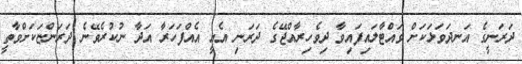
ދަރަނީގެ އަނދަވަޅަކަށް ވައްޓާލައިފައިވާ ދިވެހިރާއްޖޭގެ ދަރަނި އެއީ އެއްފަހަރާ އަދާ ނުކުރެވޭނެ ދަރަންޏަކަށްވާތީ